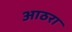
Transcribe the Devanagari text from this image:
आठरा